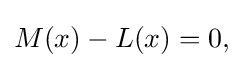
{\textstyle M(x)-L(x)=0,}